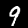
Label: 9